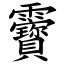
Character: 靌